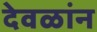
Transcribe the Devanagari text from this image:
देवळांन